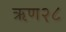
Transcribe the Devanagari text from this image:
ऋण२८